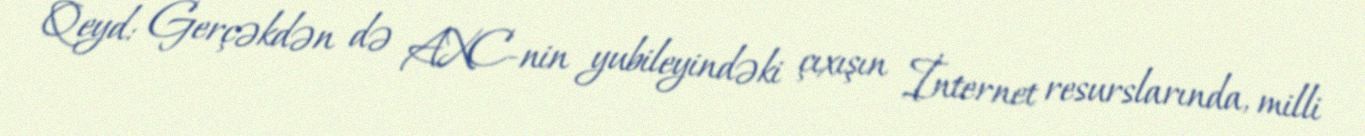
Qeyd: Gerçəkdən də AXC-nin yubileyindəki çıxışın İnternet resurslarında, milli